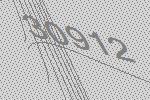
30912